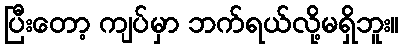
ပြီးတော့ ကျပ်မှာ ဘက်ရယ်လို့မရှိဘူး။